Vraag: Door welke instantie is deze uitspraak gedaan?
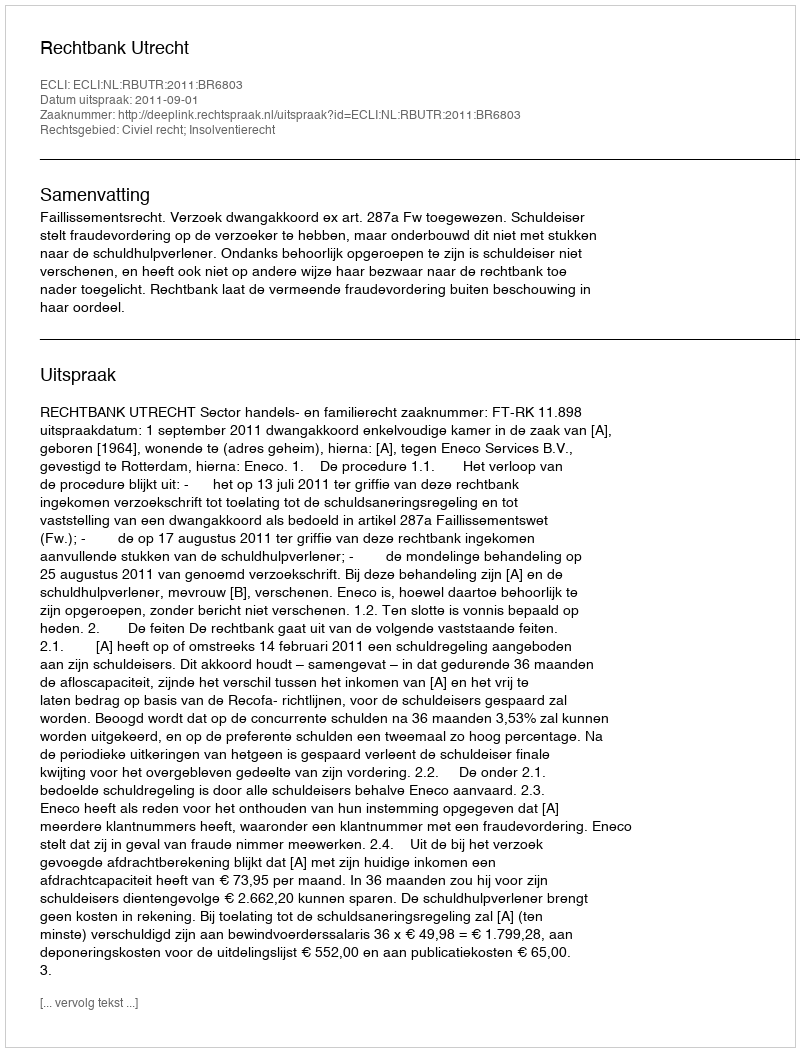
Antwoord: Rechtbank Utrecht